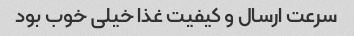
سرعت ارسال و کیفیت غذا خیلی خوب بود